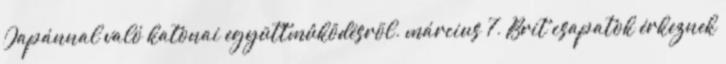
Japánnal való katonai együttmûködésrõl. március 7. Brit csapatok érkeznek